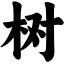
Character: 树